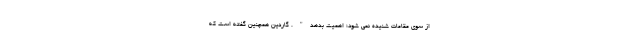
از سوی مقامات شنیده نمی شود؛ اهمیت بدهد". گاردین همچنین گفته است که